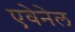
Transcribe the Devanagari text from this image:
एवेनेल